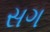
સગ